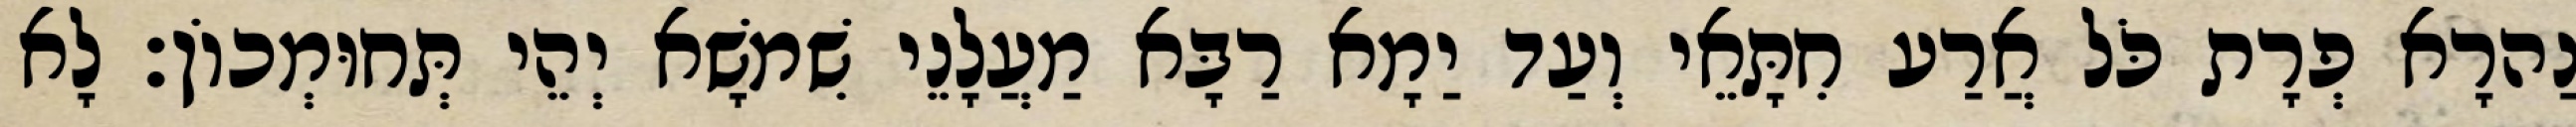
נַהרָא פְרָת כֹּל אֲרַע חִתָּאֵי וְעַד יַמָא רַבָּא מַעֲלָנֵי שִׁמשָׁא יְהֵי תְּחוּמְכוֹן׃ לָא